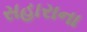
સહારાના